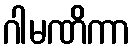
ဂါမဏိကာ